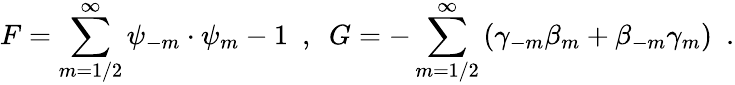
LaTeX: {F}={\sum_{m=1/2}^{\infty}\psi_{-m}\cdot\psi_{m}}-1~~,~~{G}={-\sum_{m=1/2}^{\infty}\left(\gamma_{-m}\beta_{m}+\beta_{-m}\gamma_{m}\right)}~~.